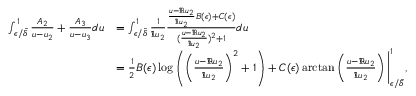
\begin{array} { r l } { \int _ { \epsilon / \tilde { \delta } } ^ { 1 } \frac { A _ { 2 } } { u - u _ { 2 } } + \frac { A _ { 3 } } { u - u _ { 3 } } d u } & { = \int _ { \epsilon / \tilde { \delta } } ^ { 1 } \frac { 1 } { \Im u _ { 2 } } \frac { \frac { u - \Re u _ { 2 } } { \Im u _ { 2 } } B ( \epsilon ) + C ( \epsilon ) } { ( \frac { u - \Re u _ { 2 } } { \Im u _ { 2 } } ) ^ { 2 } + 1 } d u } \\ & { = \frac { 1 } { 2 } B ( \epsilon ) \log \left( \left( \frac { u - \Re u _ { 2 } } { \Im u _ { 2 } } \right) ^ { 2 } + 1 \right) + C ( \epsilon ) \arctan \left( \frac { u - \Re u _ { 2 } } { \Im u _ { 2 } } \right) \Bigg | _ { \epsilon / \tilde { \delta } } ^ { 1 } , } \end{array}